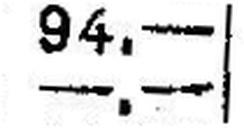
—.—